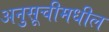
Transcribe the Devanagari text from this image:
अनुसूचीमधील